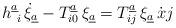
LaTeX: \begin{align*}h^{\underline{a}}_{\ i}\, \dot{\xi}_{\underline{a}} - T^{\underline{a}}_{i0} \, \xi_{\underline{a}} =T^{\underline{a}}_{ij} \, \xi_{\underline{a}}\, {\dot{x} j}\end{align*}